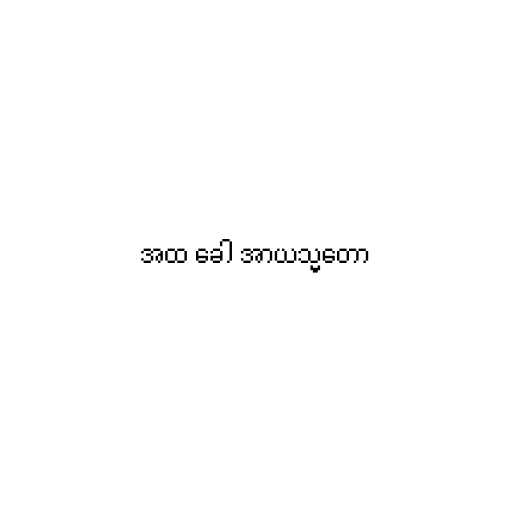
အထ ခေါ အာယသ္မတော